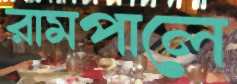
রামপালে